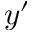
y ^ { \prime }